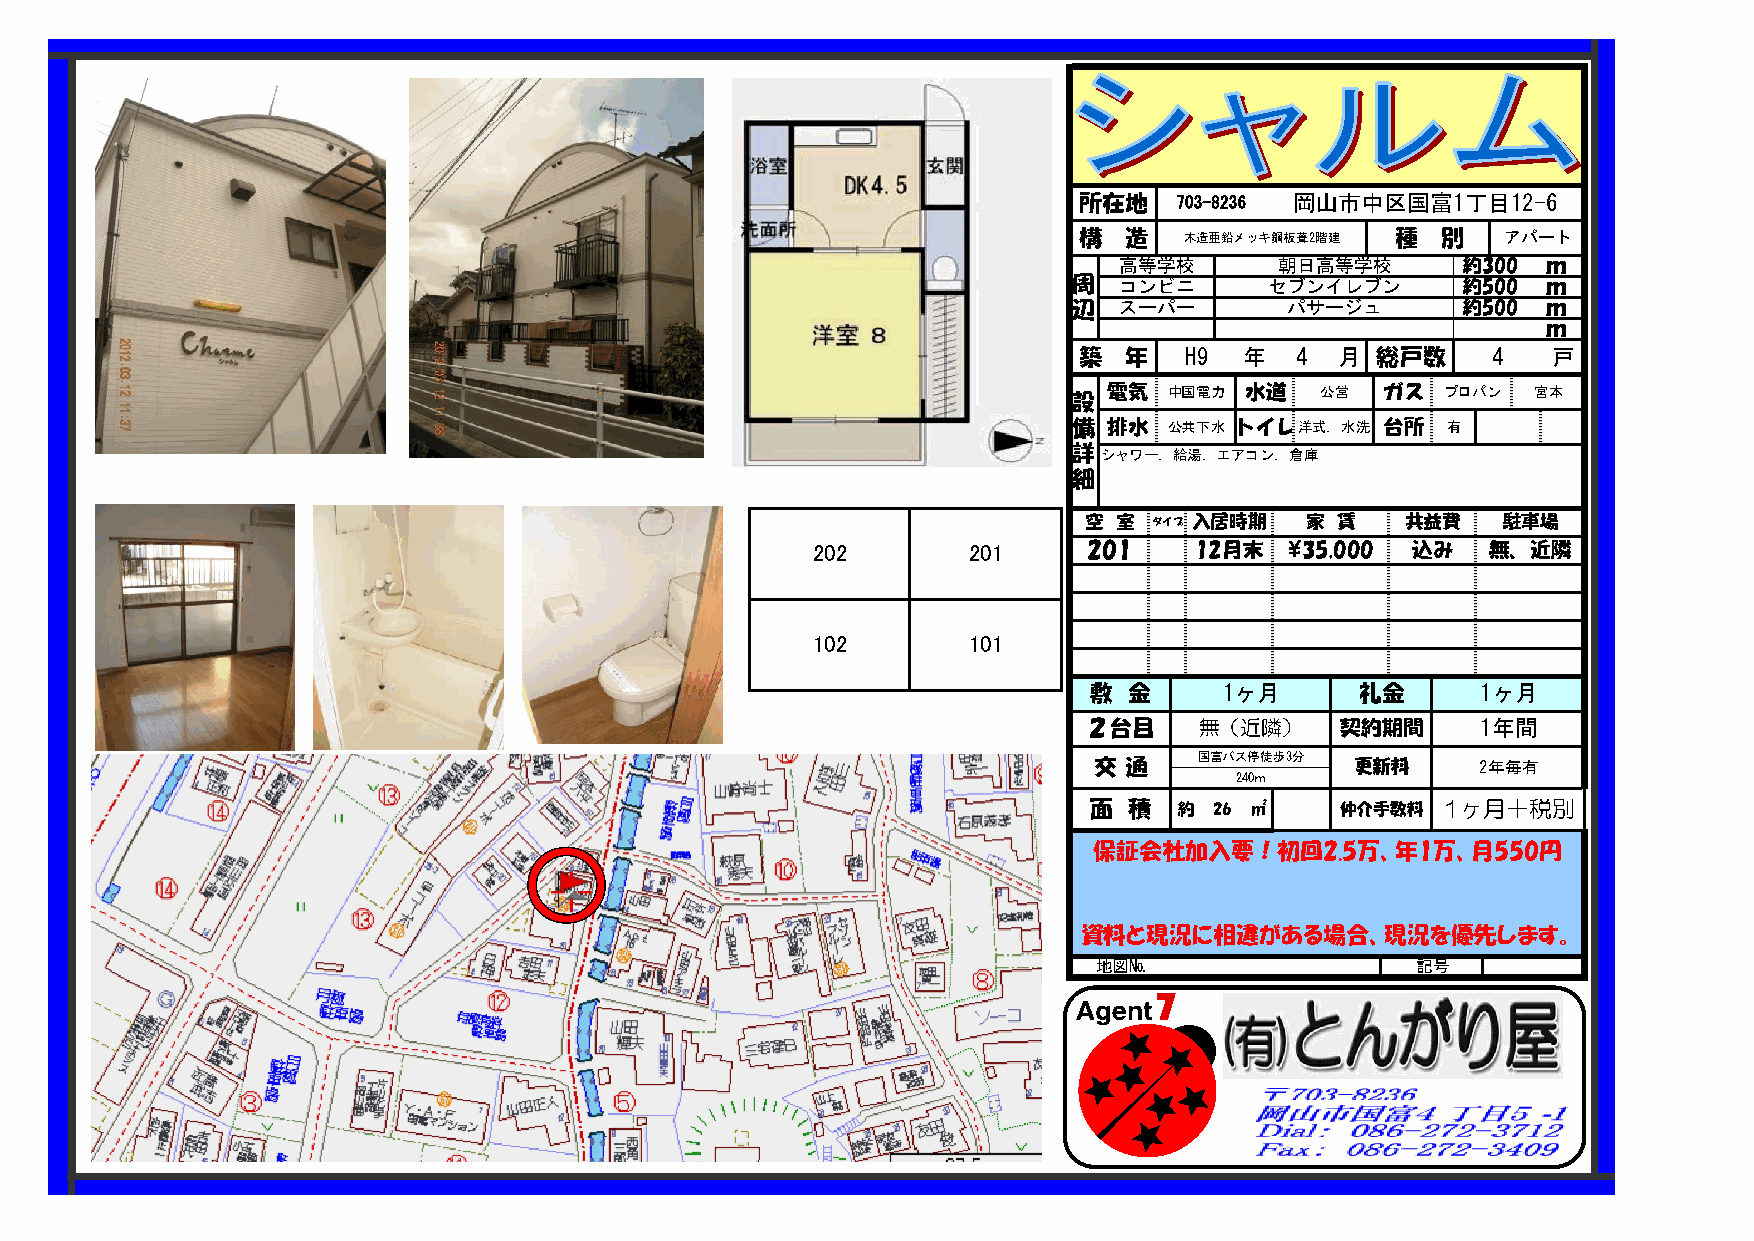
所在地    703-8236 岡山市中区国富1丁目12-6
 構  造   木造亜鉛メッキ鋼板葺2階建 種  別    アパート
 高等学校       朝日高等学校      約300 ｍ
 周  コンビニ      セブンイレブン      約500 ｍ
 辺  スーパー       パサージュ       約500 ｍ
 ｍ
 築  年   H9  年   4  月 総戸数     4   戸
 設 電気  中国電力 水道   公営   ガス  プロパン  宮本
 備 排水  公共下水 トイレ洋式．水洗  台所  有
 詳シャワー．給湯．エアコン．倉庫
 細
 空 室 タイプ 入居時期  家 賃    共益費   駐車場
 202       201     201    12月末  ¥35,000 込み    無、近隣
 102       101
 敷  金     1ヶ月      礼金      1ヶ月
 ２台目    無（近隣）     契約期間     1年間
 交 通    国富バス停徒歩3分  更新料     2年毎有
 240ｍ
 面  積  約 26 ㎡     仲介手数料 1ヶ月＋税別
 保証会社加入要！初回2.5万、年1万、月550円
 資料と現況に相違がある場合、現況を優先します。
 地図№                   記号